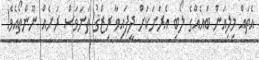
އެތައް މިލިއަން ބައެއްގެ ލޯބި އެރަށަކަށް ދީފައިވާ ރިޒްޤު ތަނަވަސް ރަށެއް ނޫންތޯއެވެ!